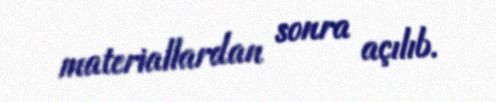
materiallardan sonra açılıb.